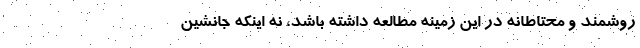
روشمند و محتاطانه در این زمینه مطالعه داشته باشد، نه اینکه جانشین